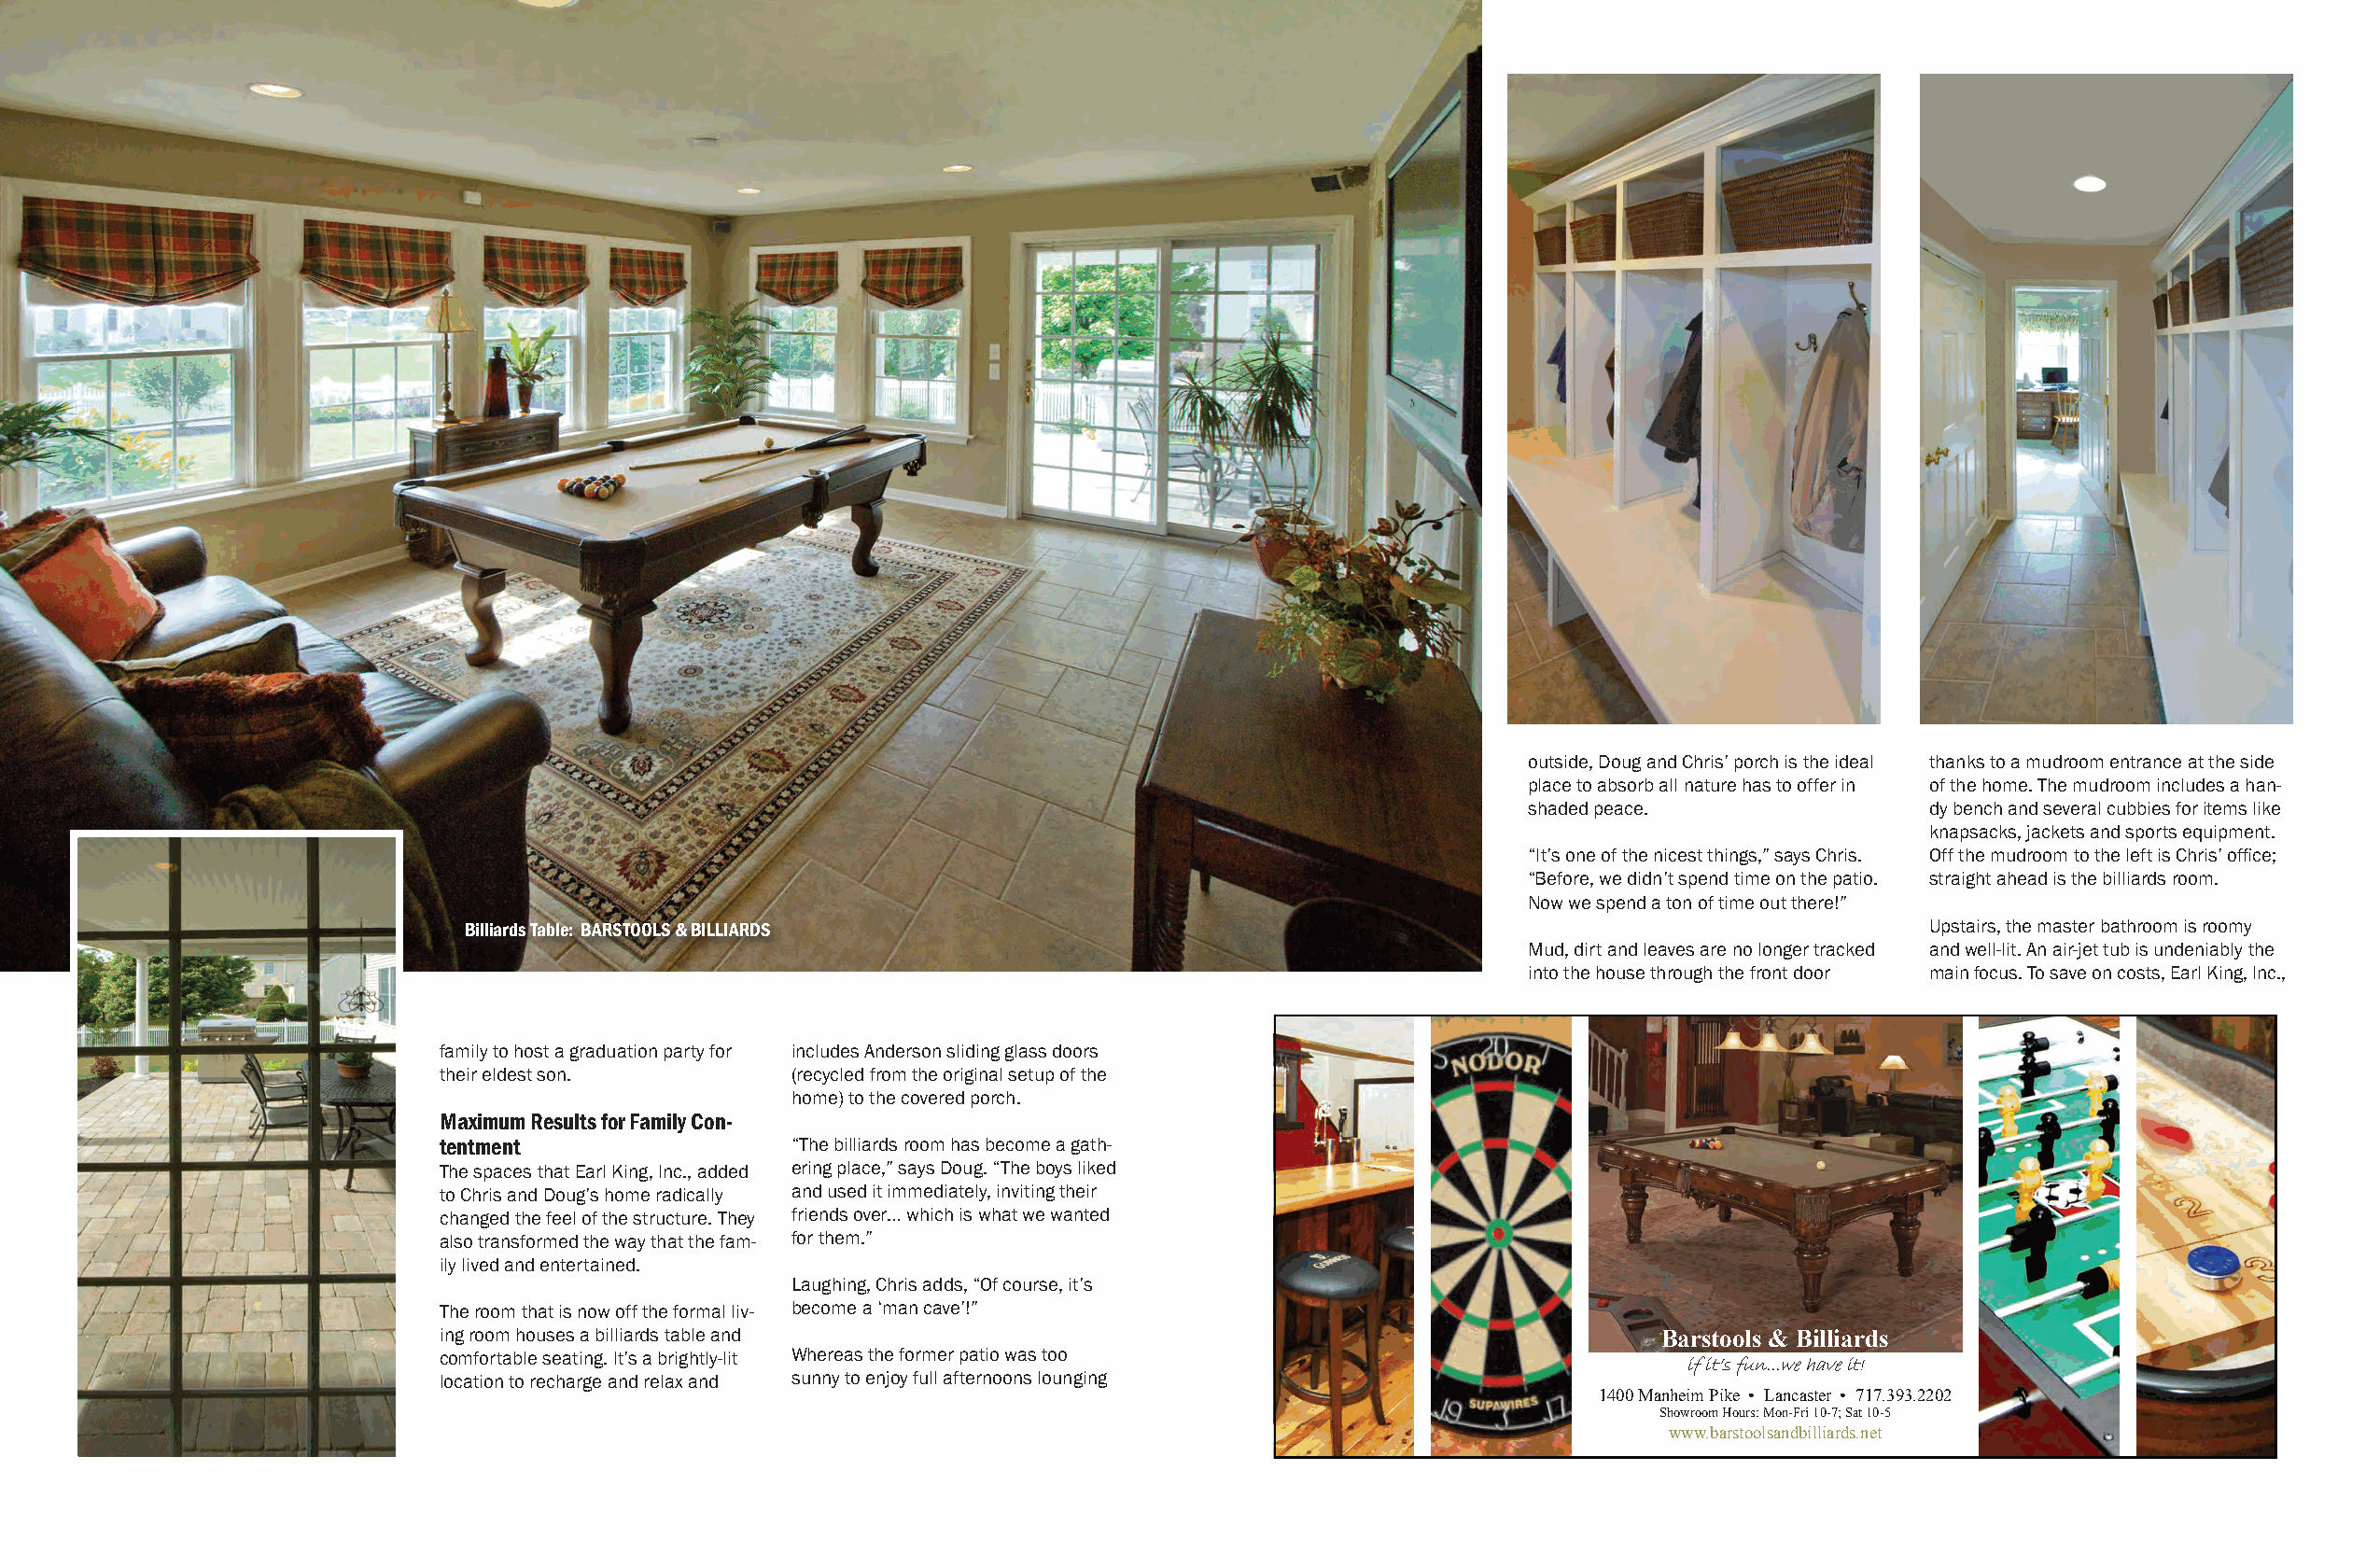
outside, Doug and Chris’ porch is the ideal thanks to a mudroom entrance at the side
 place to absorb all nature has to offer in of the home. The mudroom includes a han-
 shaded peace.                dy bench and several cubbies for items like
 knapsacks, jackets and sports equipment.
 “It’s one of the nicest things,” says Chris. Off the mudroom to the left is Chris’ office;
 “Before, we didn’t spend time on the patio. straight ahead is the billiards room.
 Now we spend a ton of time out there!”
 Billiards Table: BARSTOOLS & BILLIARDS                                                                  Upstairs, the master bathroom is roomy
 Mud, dirt and leaves are no longer tracked and well-lit. An air-jet tub is undeniably the
 into the house through the front door main focus. To save on costs, Earl King, Inc.,
 family to host a graduation party for includes Anderson sliding glass doors
 their eldest son.        (recycled from the original setup of the
 home) to the covered porch.
 Maximum Results for Family Con-
 tentment                 “The billiards room has become a gath-
 The spaces that Earl King, Inc., added ering place,” says Doug. “The boys liked
 to Chris and Doug’s home radically and used it immediately, inviting their
 changed the feel of the structure. They friends over… which is what we wanted
 also transformed the way that the fam- for them.”
 ily lived and entertained.
 Laughing, Chris adds, “Of course, it’s
 The room that is now off the formal liv- become a ‘man cave’!”
 ing room houses a billiards table and                                                  Barstools & Billiards
 comfortable seating. It’s a brightly-lit Whereas the former patio was too
 if it’s fun...we have it!
 location to recharge and relax and sunny to enjoy full afternoons lounging
 1400 Manheim Pike • Lancaster • 717.393.2202
 Showroom Hours: Mon-Fri 10-7; Sat 10-5
 www.barstoolsandbilliards.net